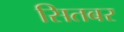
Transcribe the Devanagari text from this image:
सितबर